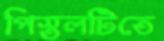
পিস্তলটিতে